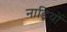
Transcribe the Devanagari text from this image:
नाड़ियों